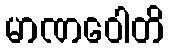
မာဏဝေါတိ